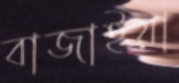
বাজাইয়া